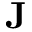
{ \textbf J }